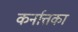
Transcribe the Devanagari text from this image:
कर्नात्तका